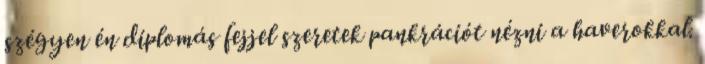
szégyen én diplomás fejjel szeretek pankrációt nézni a haverokkal.